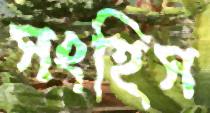
সংহিস